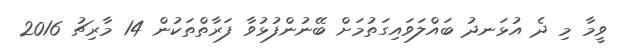
ވީމާ މި ދެ އުޅަނދު ބައްލަވައިގަތުމަށް ބޭނުންފުޅުވާ ފަރާތްތަކުން 14 މާރިޗު 2016